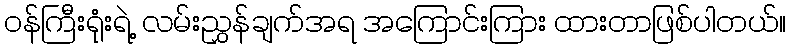
ဝန်ကြီးရုံးရဲ့ လမ်းညွှန်ချက်အရ အကြောင်းကြား ထားတာဖြစ်ပါတယ်။